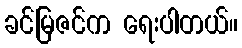
ခင်မြဇင်က ရေးပါတယ်။